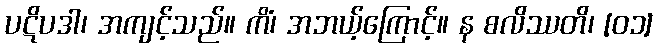
ပဋိပဒါ၊ အကျင့်သည်။ ကိံ၊ အဘယ့်ကြောင့်။ န စလိဿတိ၊ [၀၁]